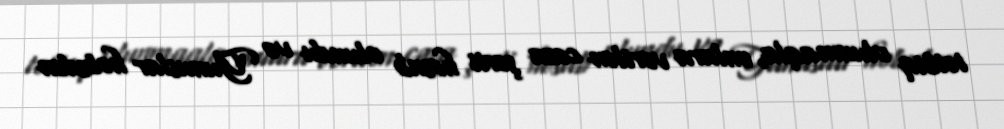
tətbiq olunmaqla, onlara verilən cəza şərti hesab olundu və Yunuslar həbsdən